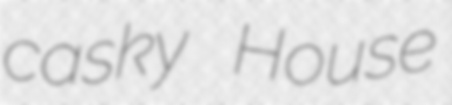
casky House